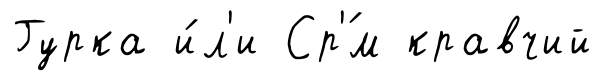
Гурка и́л'и Ср'́м кравчий